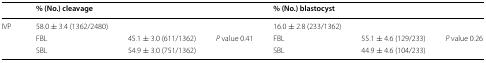
|  | <COLSPAN=3> % (No.) cleavage | <COLSPAN=3> % (No.) blastocyst |
 | --- | --- | --- | --- | --- | --- | --- |
 | <ROWSPAN=3> IVP | <COLSPAN=3> 58.0 ± 3.4 (1362/2480) | <COLSPAN=3> 16.0 ± 2.8 (233/1362) |
 | FBL | 45.1 ± 3.0 (611/1362) | P value 0.41 | FBL | 55.1 ± 4.6 (129/233) | P value 0.26 |
 | SBL | 54.9 ± 3.0 (751/1362) |  | SBL | 44.9 ± 4.6 (104/233) |  |